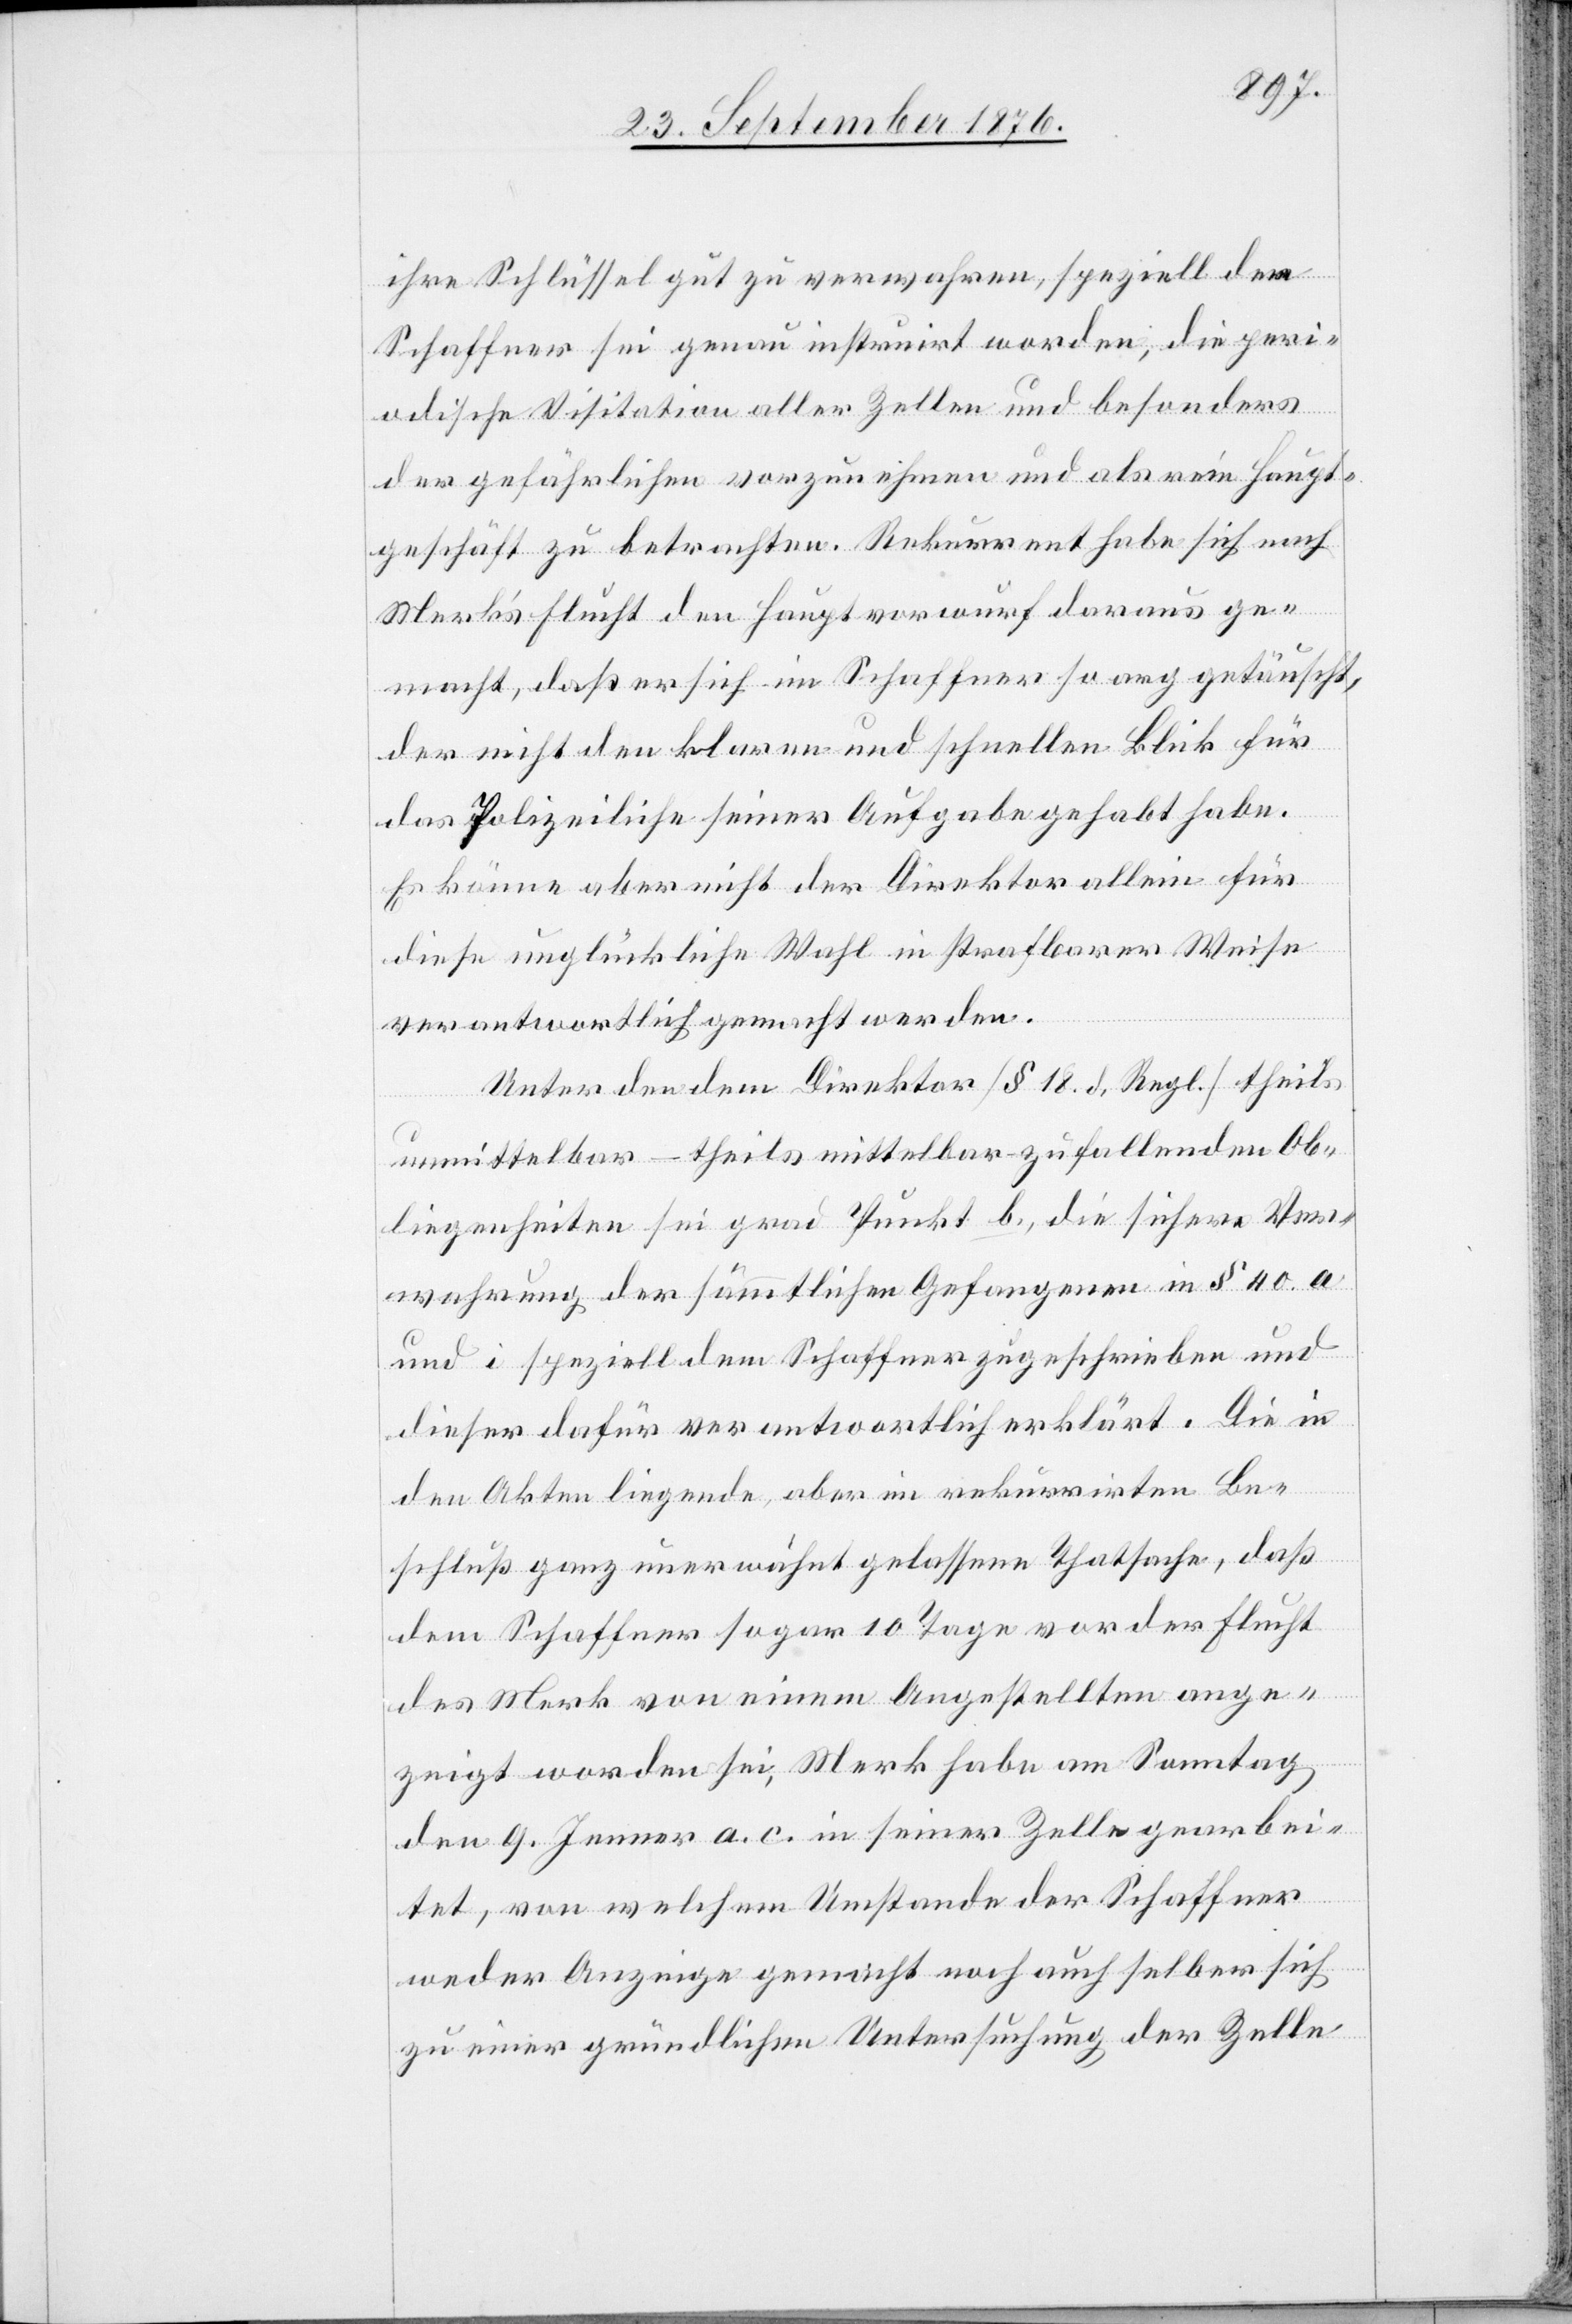
ihre Schlüssel gut zu verwahren, speziell der
Schaffner sei genau instruirt worden, die peri¬
odische Visitation aller Zellen und besonders
der gefährlichen vorzunehmen und als rein[es] Haupt¬
geschäft zu betrachten. Rekurrent habe sich nach
Merk’s Flucht den Hauptvorwurf daraus ge¬
macht, daß er sich im Schaffner so arg getäuscht,
der nicht den klaren und schnellen Blick für
das Polizeiliche seiner Aufgabe gehabt habe.
Es könne aber nicht der Direktor allein für
diese unglückliche Wahl in strafbarer Weise
verantwortlich gemacht werden.
Unter den dem Direktor [§ 18. d. Regl.] theils
unmittelbar – theils mittelbar zufallenden Ob¬
liegenheiten sei grad Punkt b., die sichere Ver¬
wahrung der sämmtlichen Gefangenen in § 40. a
und i speziell dem Schaffner zugeschrieben und
dieser dafür verantwortlich erklärt. Die in
den Akten liegende, aber im rekurrirten Be¬
schluß ganz unerwähnt gelassene Thatsache, daß
dem Schaffner sogar 10 Tage vor der Flucht
des Merk von einem Angestellten ange¬
zeigt worden sei, Merk habe am Sonntag
den 9. Jenner a. c. in seiner Zelle gearbei¬
tet, von welchem Umstande der Schaffner
weder Anzeige gemacht noch auch selber sich
zu einer gründlichen Untersuchung der Zelle